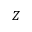
Z